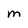
Character: M